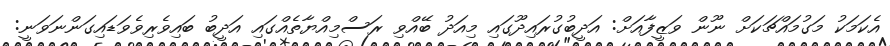
އެކަމަކު މަގުމައްޗަކަށް ނޫން ވަޒީފާއަށް: އަދީބުގުރައިދޫގައި މިއަދު ބޭއްވި ރަސްމިއްޔާތެއްގައި އަދީބު ބައިވެރިވެވަޑައިގަންނަވަނީ: